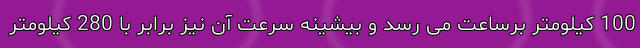
100 کیلومتر برساعت می رسد و بیشینه سرعت آن نیز برابر با 280 کیلومتر